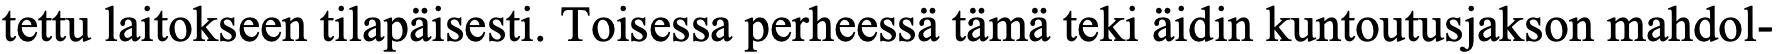
tettu laitokseen tilapäisesti. Toisessa perheessä tämä teki äidin kuntoutusjakson mahdol-